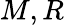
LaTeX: M,R